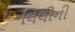
લિલીની